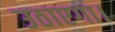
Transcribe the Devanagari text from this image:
उठाएगा।